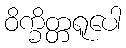
ဝိက္ခိတ္တရူပေါ